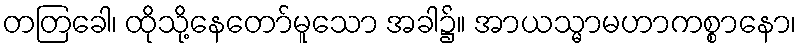
တတြခေါ၊ ထိုသို့နေတော်မူသော အခါ၌။ အာယသ္မာမဟာကစ္စာနော၊